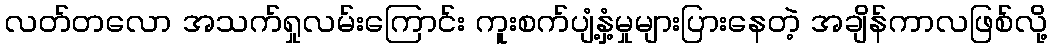
လတ်တလော အသက်ရှုလမ်းကြောင်း ကူးစက်ပျံ့နှံ့မှုများပြားနေတဲ့ အချိန်ကာလဖြစ်လို့